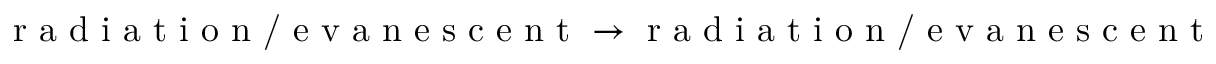
\textrm { r a d i a t i o n / e v a n e s c e n t } \rightarrow \textrm { r a d i a t i o n / e v a n e s c e n t }